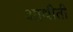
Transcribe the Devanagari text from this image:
आथीती